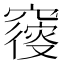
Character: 𥨝